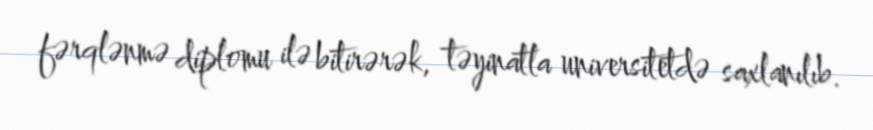
fərqlənmə diplomu ilə bitirərək, təyinatla universitetdə saxlanılıb.